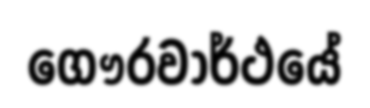
ගෞරවාර්ථයේ